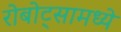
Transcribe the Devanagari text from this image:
रोबोट्सामध्ये